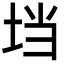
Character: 垱